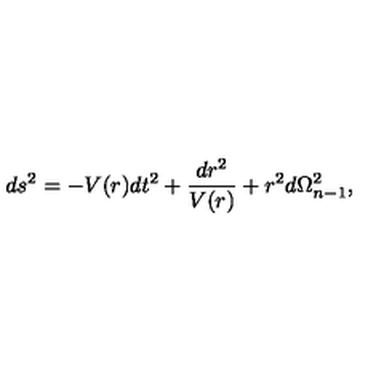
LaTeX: d s ^ { 2 } = - V ( r ) d t ^ { 2 } + \frac { d r ^ { 2 } } { V ( r ) } + r ^ { 2 } d { \Omega } _ { n - 1 } ^ { 2 } ,